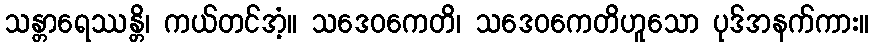
သန္တာရေဿန္တိ၊ ကယ်တင်အံ့။ သဒေဝကေတိ၊ သဒေဝကေတိဟူသော ပုဒ်အနက်ကား။